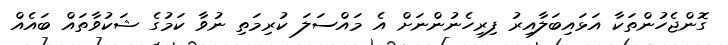
ގޮންޖެހުންތަކާ އަޅައިބަލާއިރު ފިރިހެނުންނަށް އެ މައްސަލަ ކުރިމަތި ނުވާ ކަމުގެ ޝަކުވާތައް ބައެއް